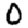
Digit: 0